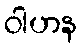
ဝါဟန